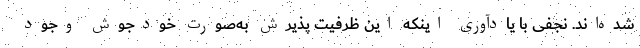
شده‌اند. نجفی با یادآوری اینکه این ظرفیت پذیرش به‌صورت خودجوش وجود